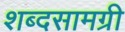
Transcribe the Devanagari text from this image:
शब्दसामग्री